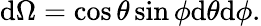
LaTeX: \mathrm{d}\Omega=\cos\theta\sin\phi\mathrm{d}\theta\mathrm{d}\phi.